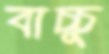
বাচ্চু